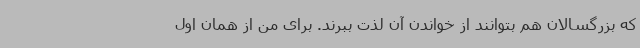
که بزرگسالان هم بتوانند از خواندن آن لذت ببرند. برای من از همان اول